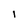
Character: 1